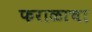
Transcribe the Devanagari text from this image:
फराळाचा